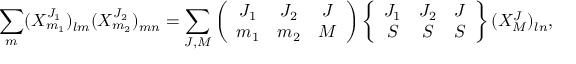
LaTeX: \sum _ { m } ( X _ { m _ { 1 } } ^ { J _ { 1 } } ) _ { l m } ( X _ { m _ { 2 } } ^ { J _ { 2 } } ) _ { m n } = \sum _ { J , M } \left( \begin{array} { c c c } { { J _ { 1 } } } & { { J _ { 2 } } } & { { J } } \\ { { m _ { 1 } } } & { { m _ { 2 } } } & { { M } } \end{array} \right) \left\{ \begin{array} { c c c } { { J _ { 1 } } } & { { J _ { 2 } } } & { { J } } \\ { { S } } & { { S } } & { { S } } \end{array} \right\} ( X _ { M } ^ { J } ) _ { l n } ,